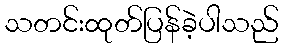
သတင်းထုတ်ပြန်ခဲ့ပါသည်